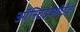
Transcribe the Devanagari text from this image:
ऑस्टिइक्थीईज़